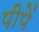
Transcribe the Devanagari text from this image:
पीपें